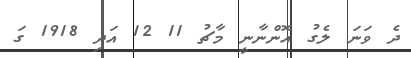
ދެ ވަނަ ލެގު އޮންނާނީ މާޗު 11 12 އަދި 1918 ގަ